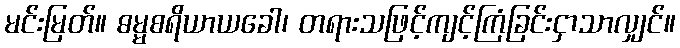
မင်းမြတ်။ ဓမ္မစရိယာယခေါ၊ တရားသဖြင့်ကျင့်ကြံခြင်းငှာသာလျှင်။